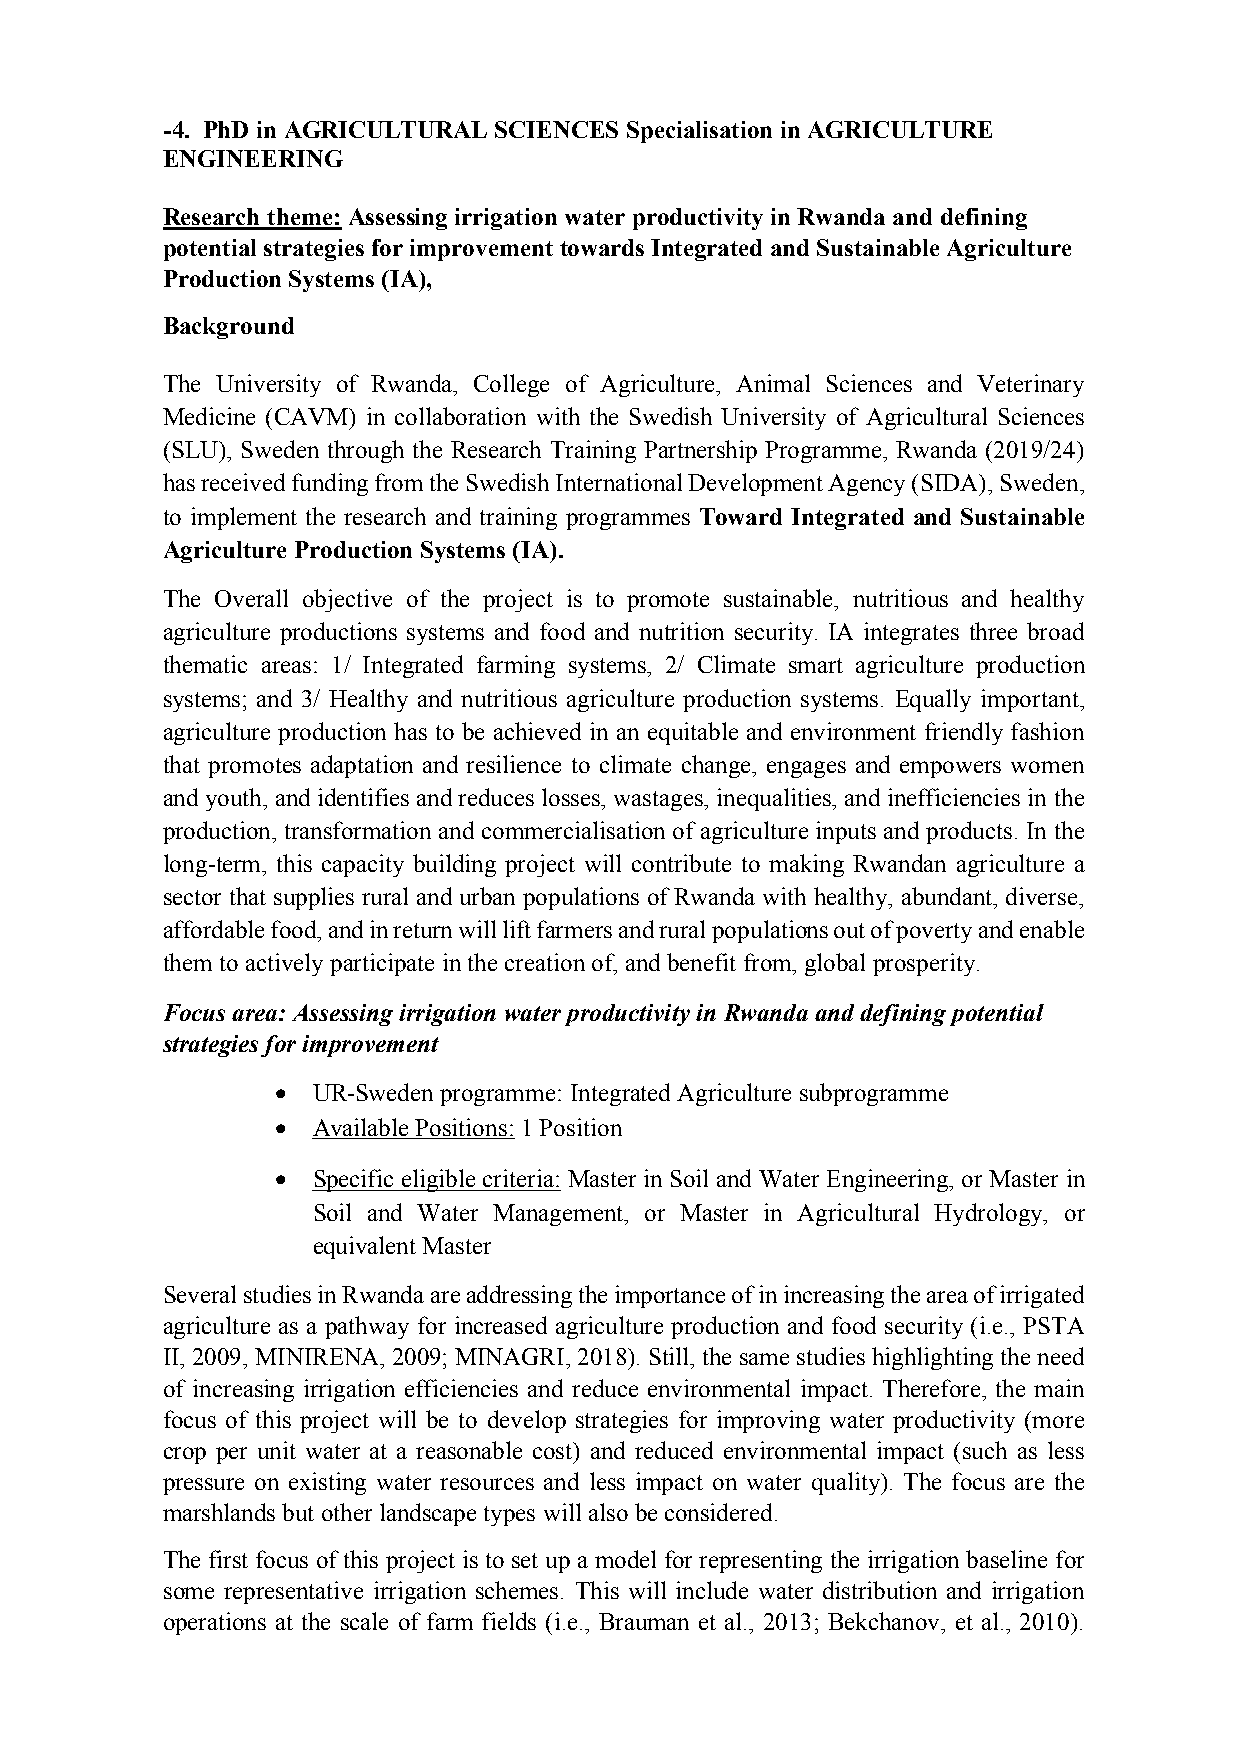
-4. PhD in AGRICULTURAL SCIENCES Specialisation in AGRICULTURE
 ENGINEERING
 Research theme: Assessing irrigation water productivity in Rwanda and defining
 potential strategies for improvement towards Integrated and Sustainable Agriculture
 Production Systems (IA),
 Background
 The University of Rwanda, College of Agriculture, Animal Sciences and Veterinary
 Medicine (CAVM) in collaboration with the Swedish University of Agricultural Sciences
 (SLU), Sweden through the Research Training Partnership Programme, Rwanda (2019/24)
 has received funding from the Swedish International Development Agency (SIDA), Sweden,
 to implement the research and training programmes Toward Integrated and Sustainable
 Agriculture Production Systems (IA).
 The Overall objective of the project is to promote sustainable, nutritious and healthy
 agriculture productions systems and food and nutrition security. IA integrates three broad
 thematic areas: 1/ Integrated farming systems, 2/ Climate smart agriculture production
 systems; and 3/ Healthy and nutritious agriculture production systems. Equally important,
 agriculture production has to be achieved in an equitable and environment friendly fashion
 that promotes adaptation and resilience to climate change, engages and empowers women
 and youth, and identifies and reduces losses, wastages, inequalities, and inefficiencies in the
 production, transformation and commercialisation of agriculture inputs and products. In the
 long-term, this capacity building project will contribute to making Rwandan agriculture a
 sector that supplies rural and urban populations of Rwanda with healthy, abundant, diverse,
 affordable food, and in return will lift farmers and rural populations out of poverty and enable
 them to actively participate in the creation of, and benefit from, global prosperity.
 Focus area: Assessing irrigation water productivity in Rwanda and defining potential
 strategies for improvement
 •  UR-Sweden programme: Integrated Agriculture subprogramme
 •  Available Positions: 1 Position
 •  Specific eligible criteria: Master in Soil and Water Engineering, or Master in
 Soil and Water Management, or Master in Agricultural Hydrology, or
 equivalent Master
 Several studies in Rwanda are addressing the importance of in increasing the area of irrigated
 agriculture as a pathway for increased agriculture production and food security (i.e., PSTA
 II, 2009, MINIRENA, 2009; MINAGRI, 2018). Still, the same studies highlighting the need
 of increasing irrigation efficiencies and reduce environmental impact. Therefore, the main
 focus of this project will be to develop strategies for improving water productivity (more
 crop per unit water at a reasonable cost) and reduced environmental impact (such as less
 pressure on existing water resources and less impact on water quality). The focus are the
 marshlands but other landscape types will also be considered.
 The first focus of this project is to set up a model for representing the irrigation baseline for
 some representative irrigation schemes. This will include water distribution and irrigation
 operations at the scale of farm fields (i.e., Brauman et al., 2013; Bekchanov, et al., 2010).